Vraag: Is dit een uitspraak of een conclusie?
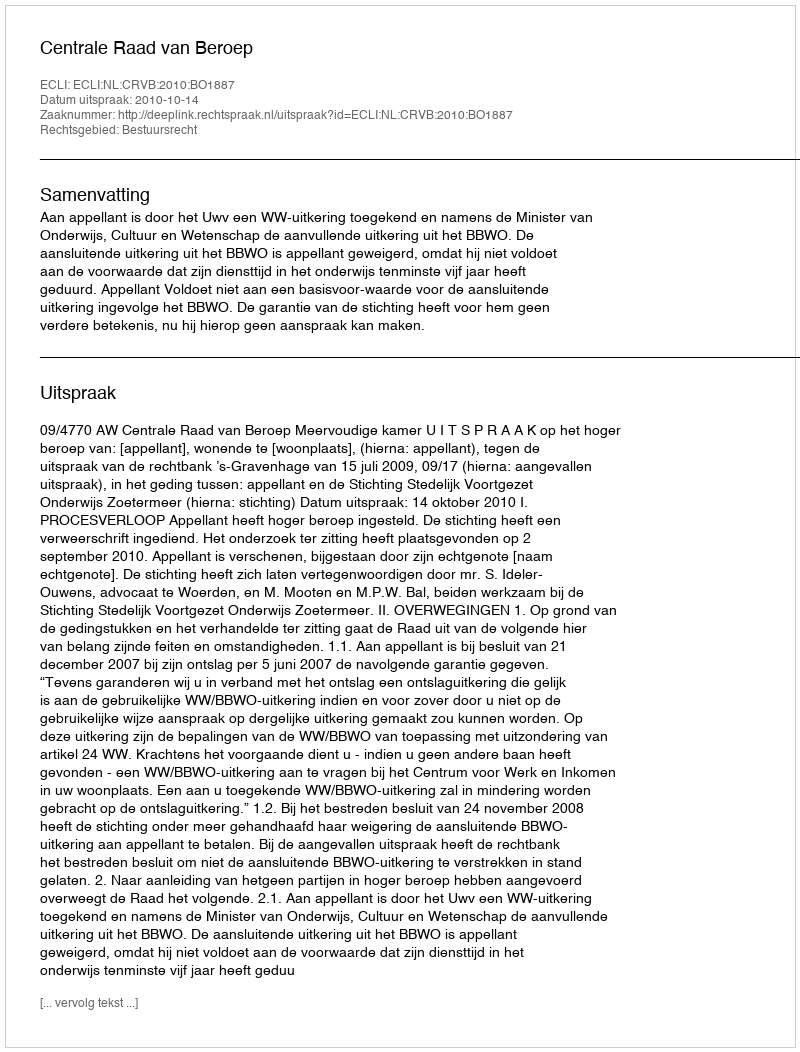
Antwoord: Uitspraak